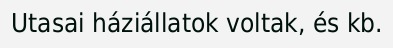
Utasai háziállatok voltak, és kb.